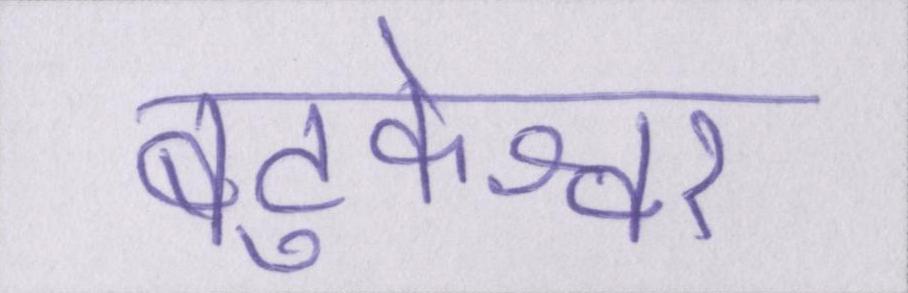
बटुकेश्वर